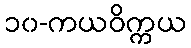
၁၀-ကယဝိက္ကယ